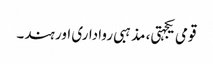
قومی یکجہتی، مذہبی رواداری اور ہند۔